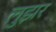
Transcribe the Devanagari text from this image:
लुझर